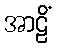
အာဠိံ